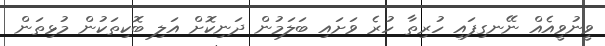
ވީނުވީއެއް ނޭނގިފައި ހުރިތާ ހުރެ ވަށައި ބަލަމުން ދަނިކޮށް އަލި ބޮކިތަކުން މުޅިތަން